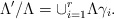
\begin{align*}\Lambda'/\Lambda=\cup_{i=1}^r\Lambda\gamma_i.\end{align*}